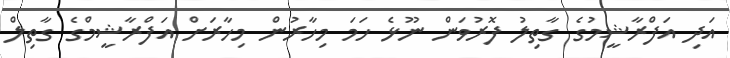
އަދި އަފްރާޝީމުގެ ގާތިލު ފޮރުވަން ނޫޅެ ހަމަ މިހާރުން މިހާރަށް އަފްރާޝީމްގެ ގާތިލް